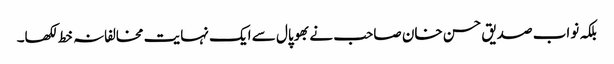
بلکہ نواب صدیق حسن خان صاحب نے بھوپال سے ایک نہایت مخالفانہ خط لکھا۔